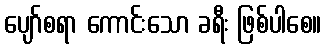
ပျော်စရာ ကောင်းသော ခရီး ဖြစ်ပါစေ။